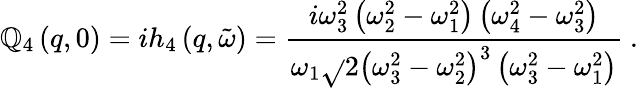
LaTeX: \mathbb{Q}_{4}\left(q,0\right)=ih_{4}\left(q,\tilde{{\omega}}\right)=\frac{{i\omega_{3}^{2}\left(\omega_{2}^{2}-\omega_{1}^{2}\right)\left(\omega_{4}^{2}-\omega_{3}^{2}\right)}}{{\omega_{1}\sqrt{}{{2\left(\omega_{3}^{2}-\omega_{2}^{2}\right)^{3}\left(\omega_{3}^{2}-\omega_{1}^{2}\right)}}}}\ .